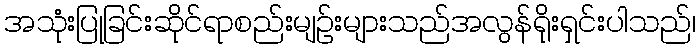
အသုံးပြုခြင်းဆိုင်ရာစည်းမျဉ်းများသည်အလွန်ရိုးရှင်းပါသည်၊